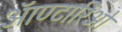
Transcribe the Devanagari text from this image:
ऑण्टारिओ